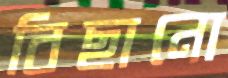
বিছানো